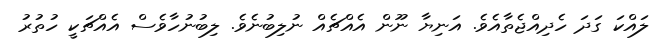
ލައްކަ ގަދަ ހެދިއްޖެތާއެވެ. އަނިޔާ ނޫން އެއްޗެއް ނުލިބުނެވެ. ލިބުނުހާވެސް އެއްޗަކީ ހުތުރު